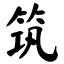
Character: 筑